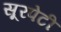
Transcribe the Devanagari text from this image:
सूरपेटी